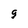
Character: g